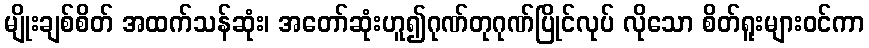
မျိုးချစ်စိတ် အထက်သန်ဆုံး၊ အတော်ဆုံးဟူ၍ဂုဏ်တုဂုဏ်ပြိုင်လုပ် လိုသော စိတ်ရူးများဝင်ကာ